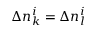
\Delta n _ { k } ^ { i } = \Delta n _ { l } ^ { i }